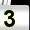
Digit: 3